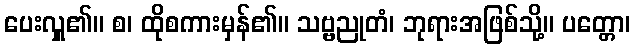
ပေးလှူ၏။ စ၊ ထိုစကားမှန်၏။ သဗ္ဗညုတံ၊ ဘုရားအဖြစ်သို့။ ပတ္တော၊